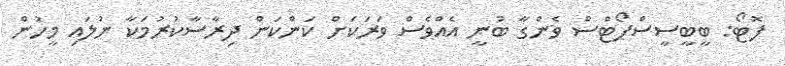
ފޮޓޯ: ބީބީސީސްޕޯޓްސް ވެންގާ ބުނީ އެއްވެސް ވަރަކަށް ކަންކަން ދިރާސާކުރުމަކާ ނުލައި މީހުން